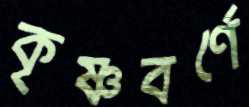
কৃষ্ণবর্ণে